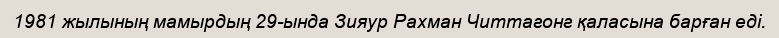
1981 жылының мамырдың 29-ында Зияур Рахман Читтагонг қаласына барған еді.